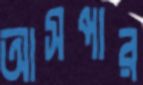
আসপার